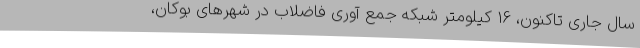
سال جاری تاکنون، 16 کیلومتر شبکه جمع آوری فاضلاب در شهرهای بوکان،